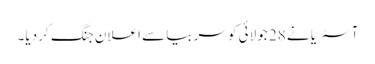
آسٹریا نے 28 جولائی کو سربیا سے اعلانِ جنگ کر دیا۔